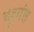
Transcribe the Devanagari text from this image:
दुश्मंत